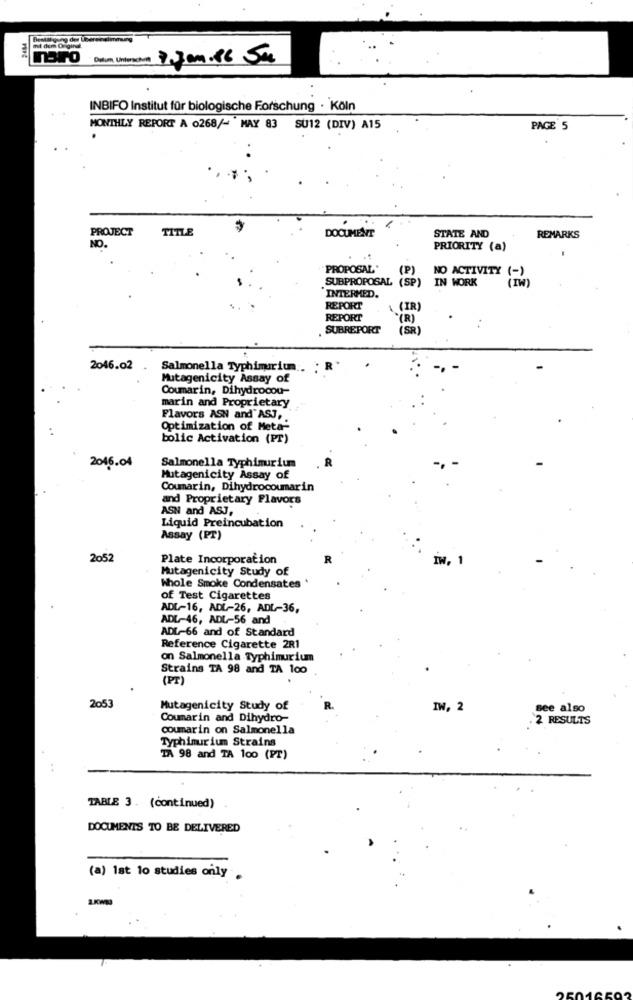
mit dem Orginal
Datum, Unterschrift
1.Jan.16 5m
INBIFO Institut für biologische Forschung · Köln
MONTHLY REPORT A 0268/- MAY 83 SU12 (DIV) A15
PAGE 5
PROJECT
TITLE
DOCUMENT
STATE AND
NO.
REMARKS
PRIORITY (a)
PROPOSAL*
(P)
NO ACTIVITY (
SUBPROPOSAL (SP) IN WORK
INTERMED.
REPORT
1 (IR)
REPORT
(R)
SUBREPORT
(SR)
..
2046.02
Salmonella Typhimurium . : R
Mutagenicity Assay of
Coumarin, Dihydrocou-
marin and Proprietary
Flavors ASN and ASJ,
Optimization of Meta-
bolic Activation (PT)
2016.04
Salmonella Typhimurium
Mutagenicity Assay of
Coumarin, Dihydrocoumarin
and Proprietary Flavors
ASN and ASJ,
Liquid Preincubation
Assay (PT)
2052
Plate Incorporation
R
IW, 1
Mutagenicity Study of
Whole Smoke Condensates
of Test Cigarettes
ADL-16, ADL-26, ADL-36,
ADL-46, ADL-56 and
ADL-66 and of Standard
Reference Cigarette 2R1
on Salmonella Typhimurium
Strains TA 98 and TA 100
(PT
2053
Mutagenicity Study of
IW, 2
see also
Coumarin and Dihydro-
2 RESULTS
coumarin on Salmonella
Typhimurium Strains
TA 98 and TA 100 (PT)
TABLE 3. (continued)
DOCUMENTS TO BE DELIVERED
(a) 1st 10 studies only.
2.KWI